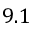
9 . 1